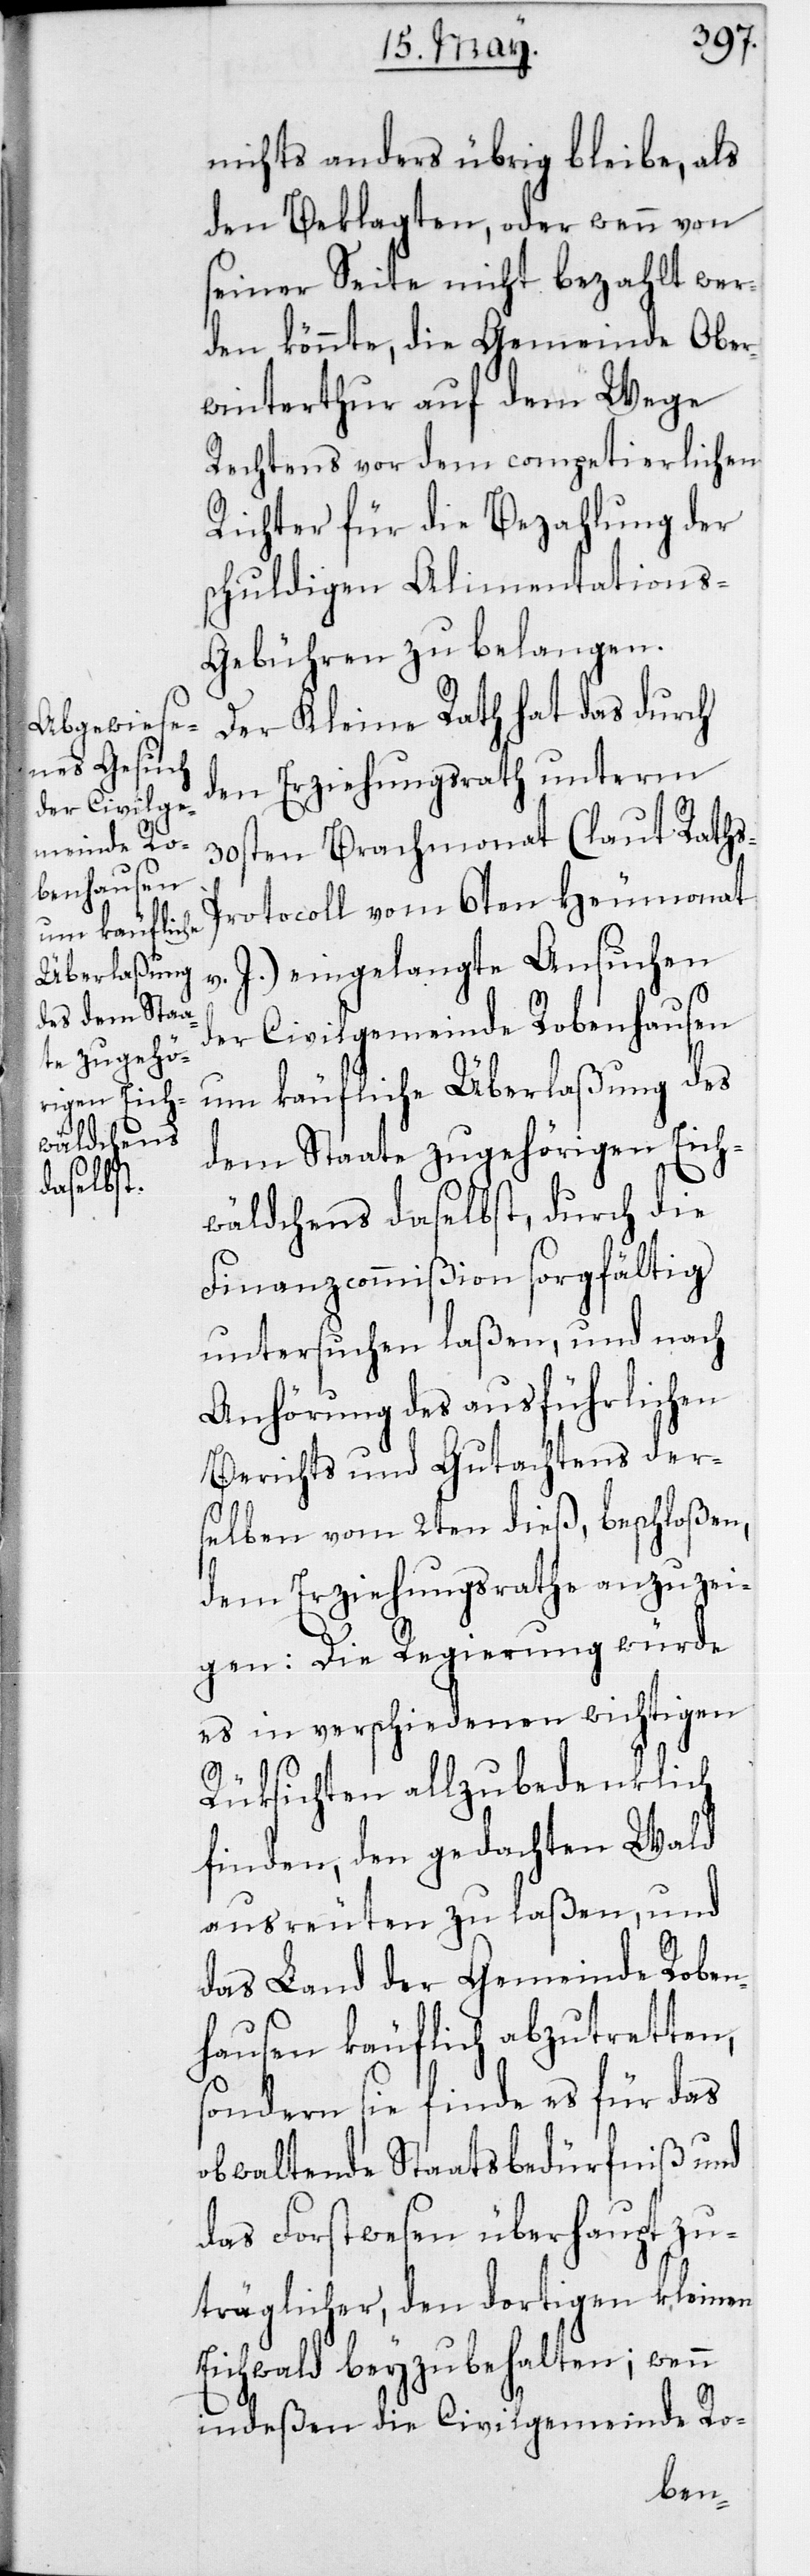
der Civilge¬
meinde Ro¬
benhausen

nichts anders übrig bleibe, als
den Beklagten, oder wenn von
seiner Seite nicht bezahlt wer¬
den könnte, die Gemeinde Ober¬
winterthur auf dem Wege
Rechtens vor dem competierlichen
Richter für die Bezahlung der
schuldigen Alimentations-G¬
ebühren zu belangen.
Der Kleine Rath hat das durch
den Erziehungsrath unterm
30sten Brachmonat (laut Raths-P¬
rotocoll vom 6ten Heumonat
J.) eingelangte Ansuchen
um käufliche Überlaßung des
dem Staate zugehörigen Eich¬
wäldchens daselbst, durch die
Finanzcommißion sorgfältig
untersuchen laßen, und nach
Anhörung des ausführlichen
Berichts und Gutachtens der¬
selben vom 2ten dieß beschloßen,
dem Erziehungsrathe anzuzei¬
gen: Die Regierung würde
es in verschiedenen wichtigen
Rüksichten allzu bedenklich
finden, den gedachten Wald
ausreuten zu laßen, und
das Land der Gemeinde Roben¬
hausen käuflich abzutretten,
sondern sie finde es für das
obwaltende Staatsbedürfniß und
das Forstwesen überhaupt zu¬
träglicher, den dortigen kleinen
Eichwald beyzubehalten; wenn
indeßen die Civilgemeinde Ro-